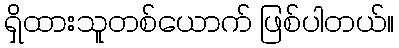
ရှိထားသူတစ်ယောက် ဖြစ်ပါတယ်။